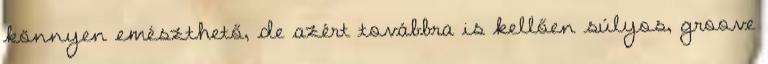
könnyen emészthető, de azért továbbra is kellően súlyos, groove